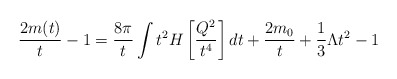
\begin{align*}\frac{2m(t)}{t}-1=\frac{8\pi}{t}\int t^2H\left[\frac{Q^2}{t^4}\right]dt+\frac{2m_0}{t}+\frac{1}{3}\Lambda t^2-1\end{align*}